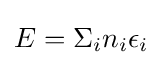
E=\Sigma _{i}n_{i}\epsilon _{i}